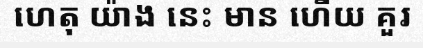
ហេតុ យ៉ាង នេះ មាន ហើយ គួរ